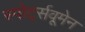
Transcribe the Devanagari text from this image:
स्पोर्ट्सवूमेन